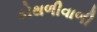
કોથળીવાળી